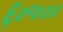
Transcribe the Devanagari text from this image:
६०॰०००